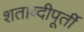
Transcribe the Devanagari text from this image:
शताब्दीपूर्ती